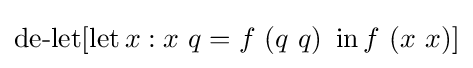
\operatorname {de-let} [\operatorname {let} x:x\ q=f\ (q\ q)\ \operatorname {in} f\ (x\ x)]